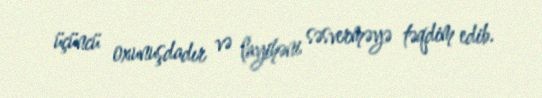
üçüncü oxunuşdadır və layihəni səsverməyə təqdim edib.